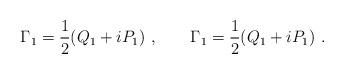
LaTeX: \begin{align*}\Gamma_1 = {1\over 2} (Q_1 + i P_1)\ , \qquad \Gamma_1 = {1\over 2} (Q_1 + iP_1) \ .\end{align*}